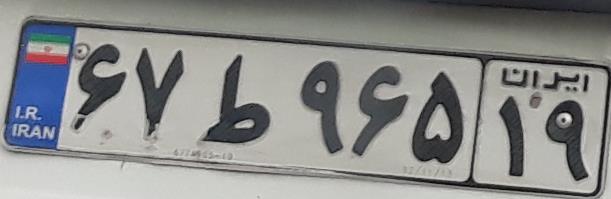
۶۷ط۹۶۵۱۹